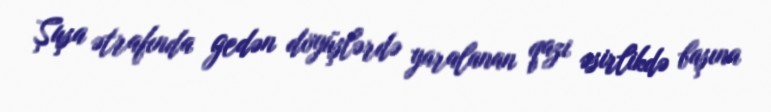
Şuşa ətrafında gedən döyüşlərdə yaralanan qazi əsirlikdə başına